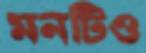
মনটিও